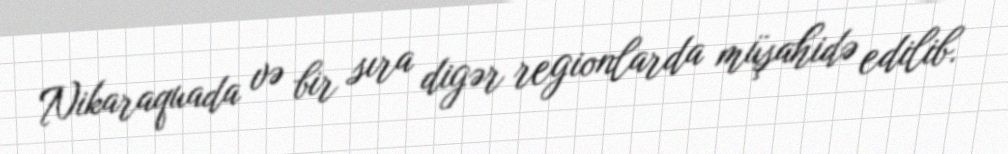
Nikaraquada və bir sıra digər regionlarda müşahidə edilib.